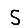
Digit: 5